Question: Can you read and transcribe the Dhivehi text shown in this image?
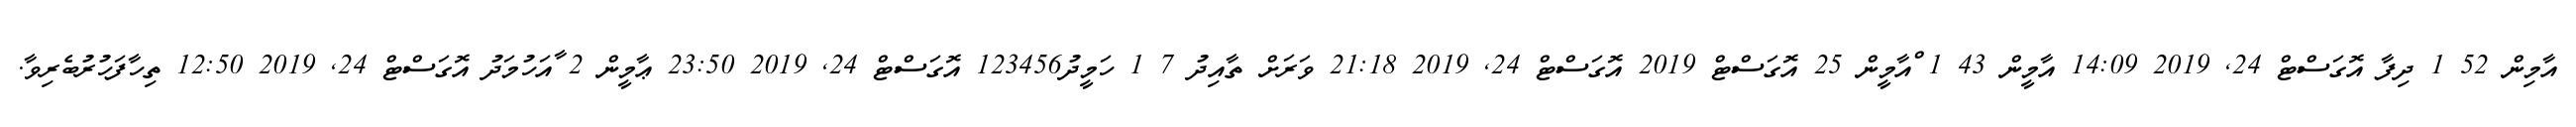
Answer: އާމިން 52 1 ދިފާ އޮގަސްޓް 24, 2019 14:09 އާމީން 43 1 ްއާމީން 25 އޮގަސްޓް 2019 އޮގަސްޓް 24, 2019 21:18 ވަރަށް ތާއިދު 7 1 ހަމީދު123456 އޮގަސްޓް 24, 2019 23:50 ޢާމީން 2 ާއަހުމަދު އޮގަސްޓް 24, 2019 12:50 ތިހާފަހުރުބެރިވާ.